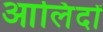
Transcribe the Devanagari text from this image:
आलिंदों